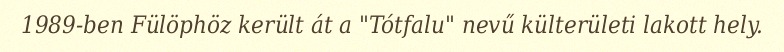
1989-ben Fülöphöz került át a "Tótfalu" nevű külterületi lakott hely.